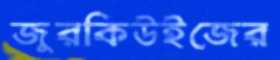
জুরকিউইজের